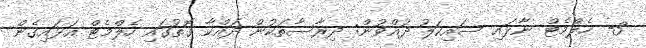
3- ހެލްމެޓް ނާޅައި ސައިކަލު ދުއްވުން: ދިރާސާތަކުން ދައްކާ ގޮތުގައި ހެލްމެޓް އަޅައިގެން